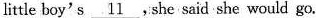
little boy's \underline{11},. She said she would go.